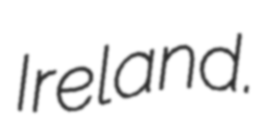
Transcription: Ireland.